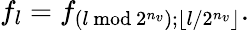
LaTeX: f_{l}=f_{\left(l~\mathrm{mod}~2^{n_{v}}\right);\lfloor l/2^{n_{v}}\rfloor}.